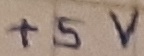
Text: +5V